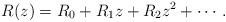
LaTeX: \begin{align*} R (z)= R_0 +R_1 z+R_2 z ^2 +\cdots. \end{align*}